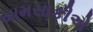
યામસાકીએ